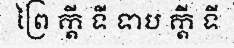
ព្រៃ ក្តី ទី ទាប ក្តី ទី